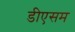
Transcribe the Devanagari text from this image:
डीएसम